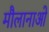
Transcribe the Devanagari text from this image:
मौलानाओ